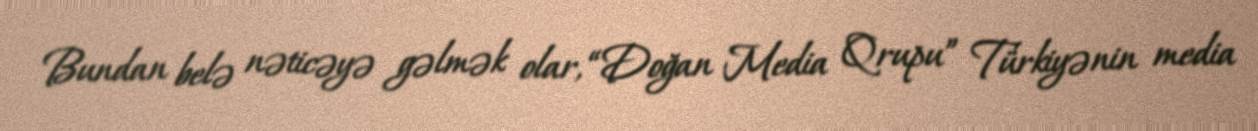
Bundan belə nəticəyə gəlmək olar, “Doğan Media Qrupu” Türkiyənin media